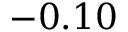
- 0 . 1 0